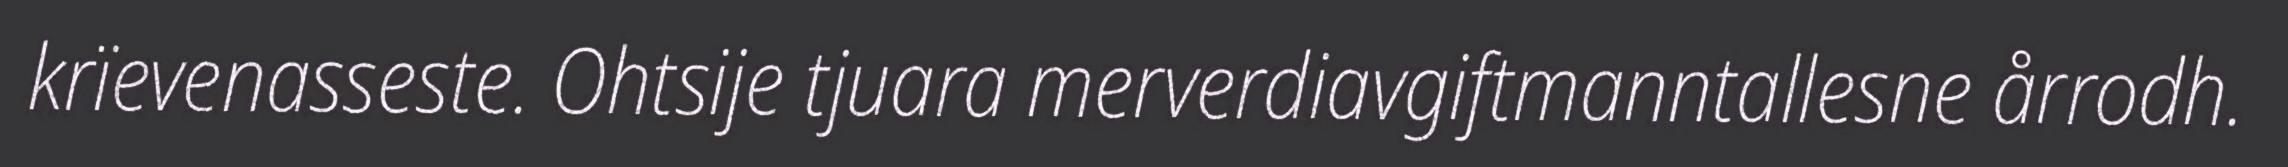
krïevenasseste. Ohtsije tjuara merverdiavgiftmanntallesne årrodh.